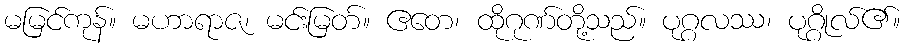
မမြင်ကုန်။ မဟာရာဇ၊ မင်းမြတ်။ ဧတေ၊ ထိုဂုဏ်တို့သည်။ ပုဂ္ဂလဿ၊ ပုဂ္ဂိုလ်၏။